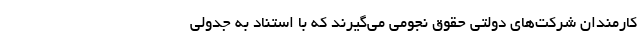
کارمندان شرکت‌های دولتی حقوق نجومی می‌گیرند که با استناد به جدولی